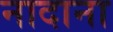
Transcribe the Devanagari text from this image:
नादाना